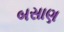
બસાણ